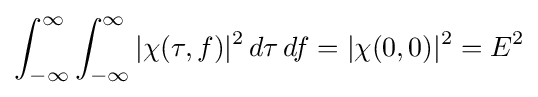
\int _{-\infty }^{\infty }\int _{-\infty }^{\infty }|\chi (\tau ,f)|^{2}\,d\tau \,df=|\chi (0,0)|^{2}=E^{2}